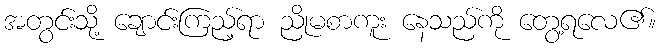
အတွင်းသို့ ချောင်းကြည့်ရာ ညိုမစာကူး နေသည်ကို တွေ့ရလေ၏။